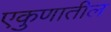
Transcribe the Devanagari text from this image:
एकुणातील